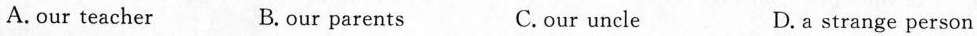
A.our teacher B.our parents C.our uncle D. a strange person